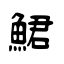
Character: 鮶